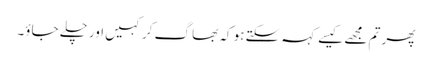
پھر تم مجھے کیسے کہہ سکتے ہو کہ بھا گ کر کہیں اور چلے جاؤ۔